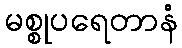
မစ္စုပရေတာနံ